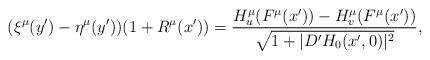
LaTeX: \begin{align*}(\xi^\mu(y') - \eta^\mu(y'))(1+R^\mu(x')) = \frac{H_u^\mu(F^\mu(x')) - H_v^\mu(F^\mu(x'))}{\sqrt{1+|D' H_0(x', 0)|^2}},\end{align*}